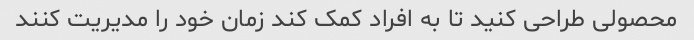
محصولی طراحی کنید تا به افراد کمک کند زمان خود را مدیریت کنند